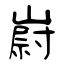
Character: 嶎